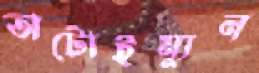
অটোইম্যুন